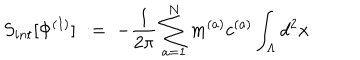
LaTeX: S _ { i n t } [ \Phi ^ { ( I ) } ] \; : = \; - \frac { 1 } { 2 \pi } \sum _ { a = 1 } ^ { N } m ^ { ( a ) } c ^ { ( a ) } \int _ { \Lambda } d ^ { 2 } x \;